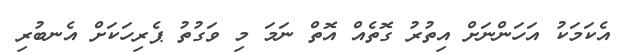
އެކަމަކު އަހަންނަށް އިތުރު ގޮތެއް އޮތް ނަމަ މި ވަގުތު ޕެރިހަކަށް އެނބުރި